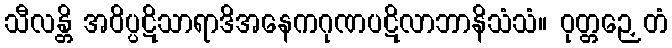
သီလန္တိ အဝိပ္ပဋိသာရာဒိအနေကဂုဏပဋိလာဘာနိသံသံ။ ဝုတ္တဉှေတံ